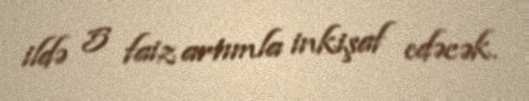
ildə 5 faiz artımla inkişaf edəcək.